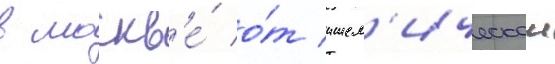
в москв'е́ о́т ишем'ическои